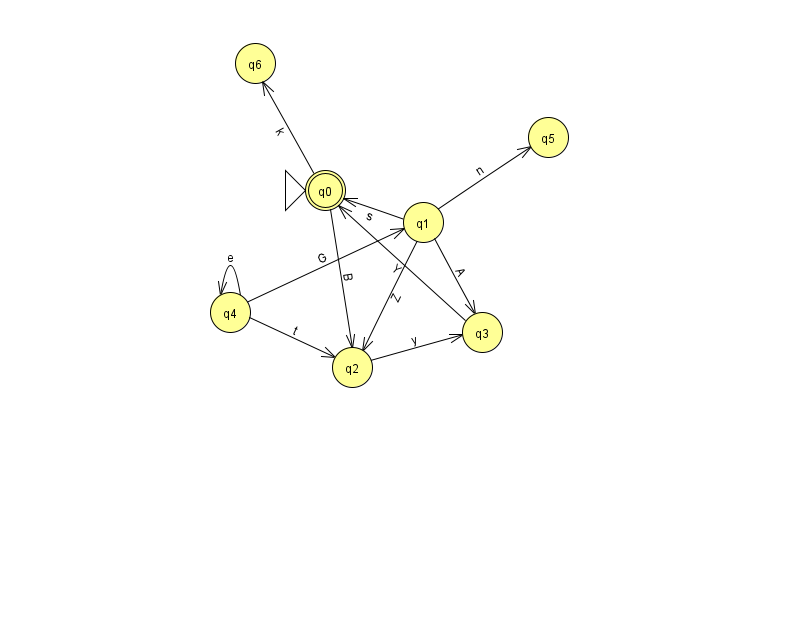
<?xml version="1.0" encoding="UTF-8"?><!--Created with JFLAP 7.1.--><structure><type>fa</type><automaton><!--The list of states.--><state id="0" name="q0"><x>325.0</x><y>177.0</y><initial/><final/></state><state id="1" name="q1"><x>423.0</x><y>209.0</y></state><state id="2" name="q2"><x>352.0</x><y>354.0</y></state><state id="3" name="q3"><x>482.0</x><y>319.0</y></state><state id="4" name="q4"><x>230.0</x><y>299.0</y></state><state id="5" name="q5"><x>548.0</x><y>124.0</y></state><state id="6" name="q6"><x>255.0</x><y>50.0</y></state><!--The list of transitions.--><transition><from>4</from><to>2</to><read>t</read></transition><transition><from>1</from><to>2</to><read>Z</read></transition><transition><from>2</from><to>3</to><read>y</read></transition><transition><from>1</from><to>3</to><read>A</read></transition><transition><from>4</from><to>4</to><read>e</read></transition><transition><from>1</from><to>0</to><read>s</read></transition><transition><from>4</from><to>1</to><read>G</read></transition><transition><from>0</from><to>2</to><read>B</read></transition><transition><from>3</from><to>0</to><read>Y</read></transition><transition><from>0</from><to>6</to><read>k</read></transition><transition><from>1</from><to>5</to><read>n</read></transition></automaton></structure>